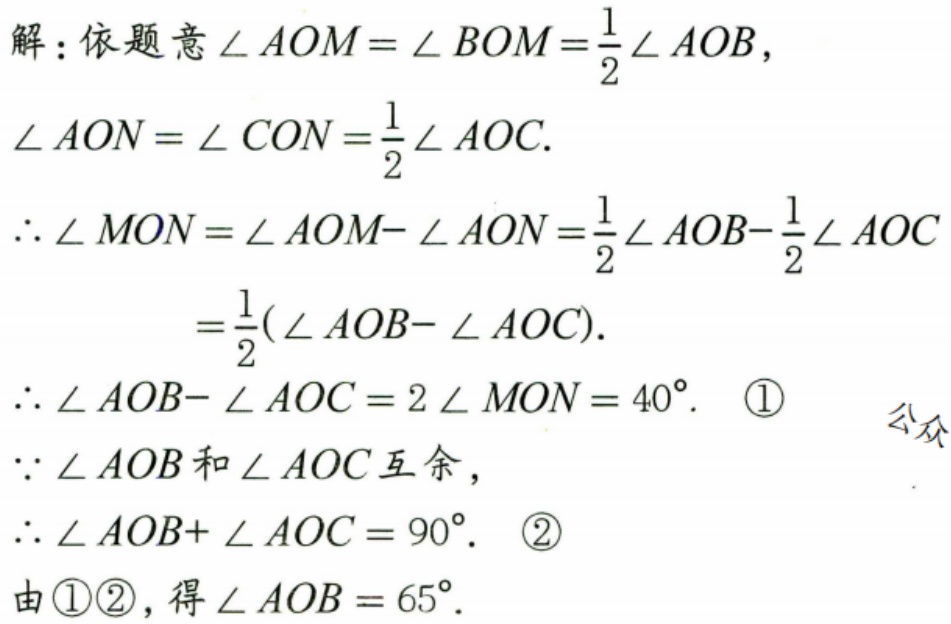
解：依题意\(\angle AOM = \angle BOM=\frac{1}{2}\angle AOB\)，
\(\angle AON = \angle CON=\frac{1}{2}\angle AOC\).
\(\therefore\angle MON=\angle AOM - \angle AON=\frac{1}{2}\angle AOB-\frac{1}{2}\angle AOC\)
\(=\frac{1}{2}(\angle AOB - \angle AOC)\).
\(\therefore\angle AOB - \angle AOC = 2\angle MON = 40^{\circ}\). \textcircled{1}
\(\because\angle AOB\)和\(\angle AOC\)互余，
\(\therefore\angle AOB+\angle AOC = 90^{\circ}\). \textcircled{2}
由\textcircled{1}\textcircled{2}，得\(\angle AOB = 65^{\circ}\).